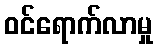
ဝင်ရောက်လာမှု